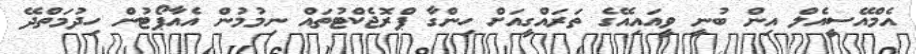
އެމްއޭސީއެލް އިން ބުނީ ވީއައިއޭގެ ތަރައްގީއަށް ހިންގާ ޕްރޮޖެކްޓުތައް ނިމުމުން އެއާޕޯޓުން ހިދުމަތްދޭ